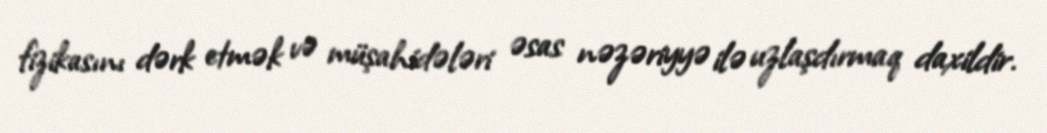
fizikasını dərk etmək və müşahidələri əsas nəzəriyyə ilə uzlaşdırmaq daxildir.